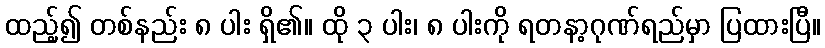
ထည့်၍ တစ်နည်း ၈ ပါး ရှိ၏။ ထို ၃ ပါး၊ ၈ ပါးကို ရတနာ့ဂုဏ်ရည်မှာ ပြထားပြီ။